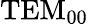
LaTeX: \textrm{TEM}_{00}